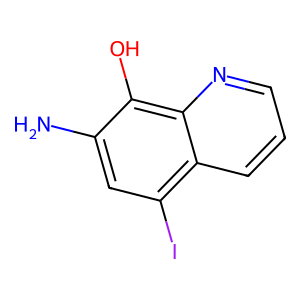
SMILES: Nc1cc(I)c2cccnc2c1O
Inhibits HIV replication: No